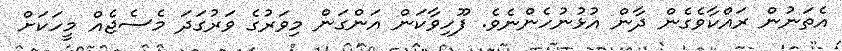
އެތަނުން ރައްކާވެގެން ދާން އުޅުނުހެންނެވެ. ފޫހިވާކަން އަންގަން މިވަރުގެ ވަރުގަދަ މެސެޖެއް މީހަކަށް